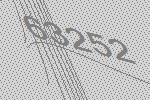
63252